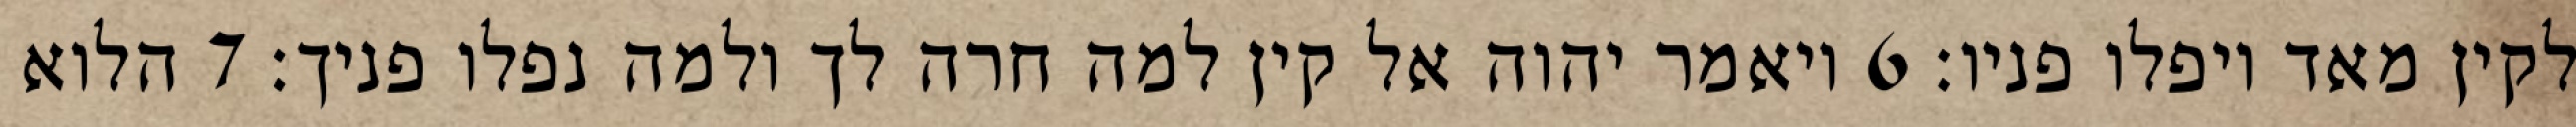
לקין מאד ויפלו פניו׃ ‎6‏ ויאמר יהוה אל קין למה חרה לך ולמה נפלו פניך׃ ‎7‏ הלוא